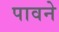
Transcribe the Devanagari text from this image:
पावने